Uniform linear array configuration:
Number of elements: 12
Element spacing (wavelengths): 0.5
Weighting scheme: hamming
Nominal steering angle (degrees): -60
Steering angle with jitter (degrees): -60.655
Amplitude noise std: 0.05
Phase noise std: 0.05

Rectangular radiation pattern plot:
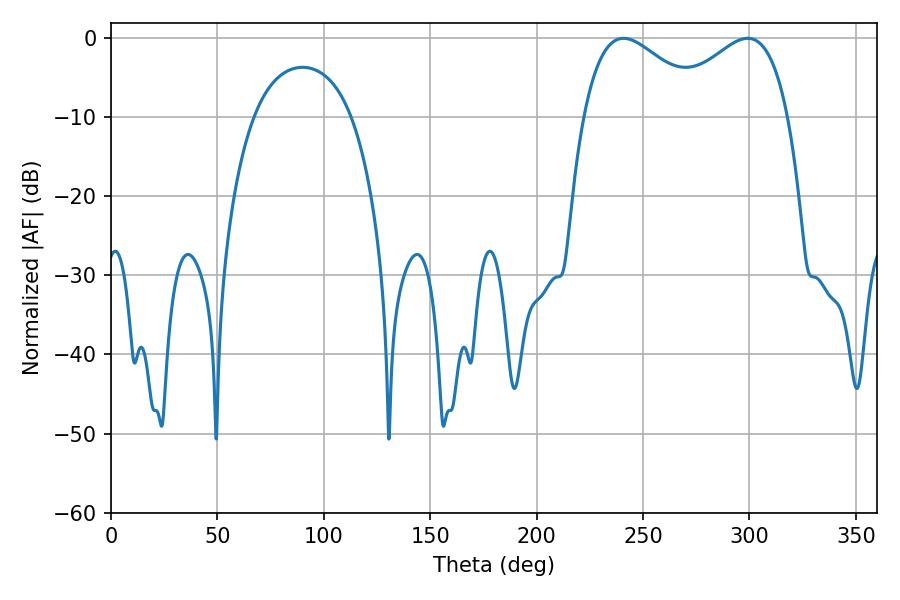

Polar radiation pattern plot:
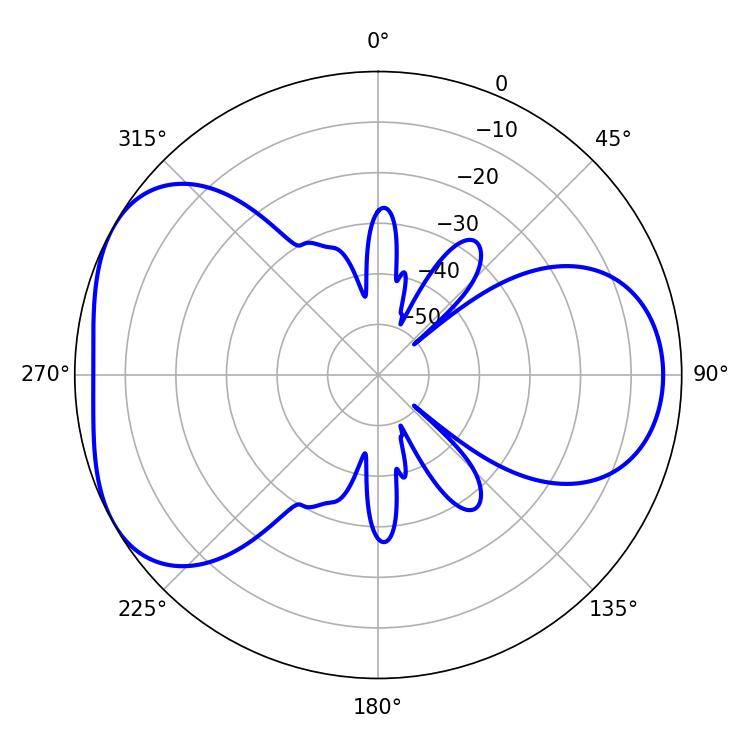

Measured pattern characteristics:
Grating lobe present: FALSE
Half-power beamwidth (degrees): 31.68
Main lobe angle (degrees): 299.16